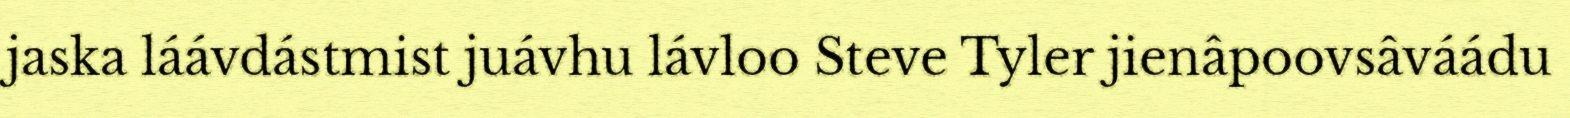
jaska láávdástmist juávhu lávloo Steve Tyler jienâpoovsâváádu